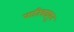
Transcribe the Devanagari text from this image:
नातिन्रइयुन